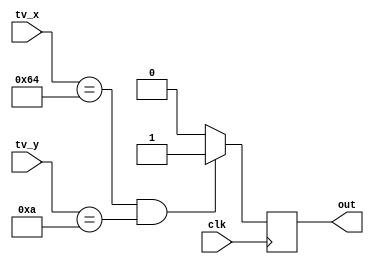
module num_test(
	input wire clk,	

	input wire [10:0]tv_x,
	input wire [9:0]tv_y,
	output reg out 
	);


always @(posedge clk )

	if((tv_x == 100)&&(tv_y == 10)) 
	begin		
		out <= 1;
	end 
	else begin
		out <= 0;
	end
	
endmodule